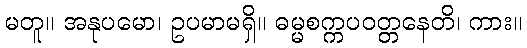
မတူ။ အနုပမော၊ ဥပမာမရှိ။ ဓမ္မစက္ကပဝတ္တနေတိ၊ ကား။